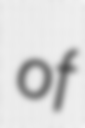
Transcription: of